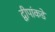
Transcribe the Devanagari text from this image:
द्वीपांकडे